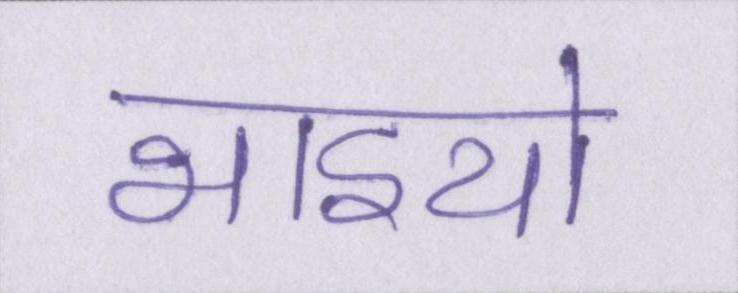
भाइयो